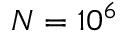
N = 1 0 ^ { 6 }